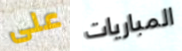
على المباريات